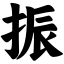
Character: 振